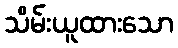
သိမ်းယူထားသော